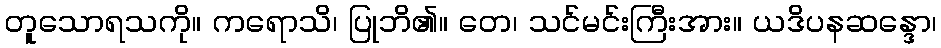
တူသောရသကို။ ကရောသိ၊ ပြုဘိ၏။ တေ၊ သင်မင်းကြီးအား။ ယဒိပနဆန္ဒော၊